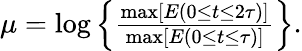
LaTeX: \begin{array}{r}{\mu=\log\left\{ \frac{\operatorname*{max}\left[E\left(0\le t\le 2\tau\right)\right]}{\operatorname*{max}\left[E\left(0\le t\le\tau\right)\right]}\right\} .}\end{array}